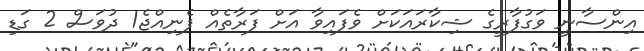
އިންސާނީ ވަގުފާރީގެ ޝިކާރައަކަށް ވެފައިވާ އަށް ފަރާތެއް ފެނިއްޖެ1 ދުވަސް 2 ގަޑި